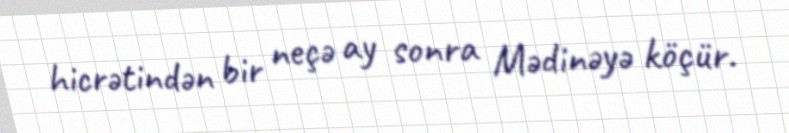
hicrətindən bir neçə ay sonra Mədinəyə köçür.